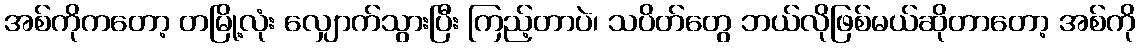
အစ်ကိုကတော့ တမြို့လုံး လျှောက်သွားပြီး ကြည့်တာပဲ၊ သပိတ်တွေ ဘယ်လိုဖြစ်မယ်ဆိုတာတော့ အစ်ကို